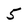
Character: 5